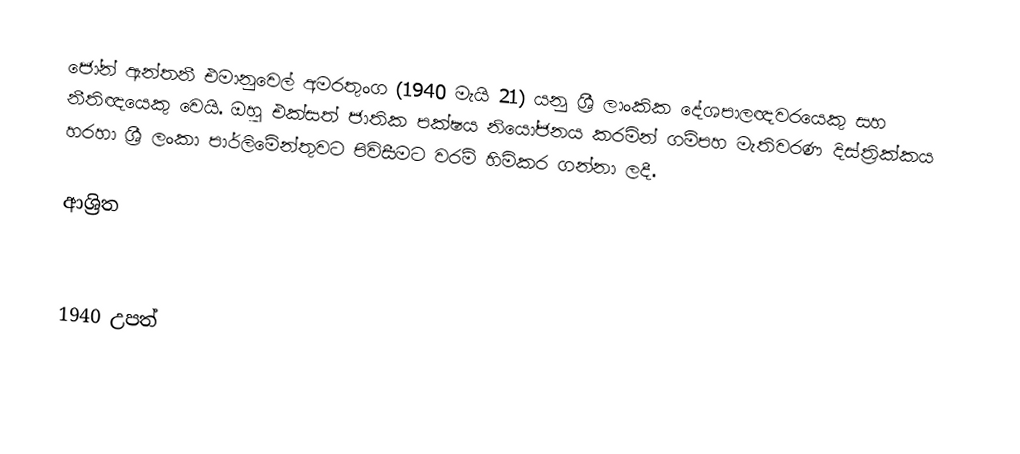
ජෝන් ඇන්තනී එමානුවෙල් අමරතුංග (1940 මැයි 21) යනු ශ්‍රී ලාංකික දේශපාලඥවරයෙකු සහ නීතිඥයෙකු වෙයි. ඔහු එක්සත් ජාතික පක්ෂය නියෝජනය කරමින් ගම්පහ මැතිවරණ දිස්ත්‍රික්කය හරහා ශ්‍රී ලංකා පාර්ලිමේන්තුවට පිවිසීමට වරම් හිමිකර ගන්නා ලදී.

ආශ්‍රිත

1940 උපත්